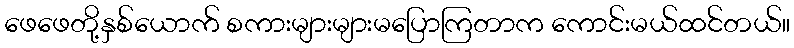
ဖေဖေတို့နှစ်ယောက် စကားများများမပြောကြတာက ကောင်းမယ်ထင်တယ်။